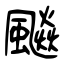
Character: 飈